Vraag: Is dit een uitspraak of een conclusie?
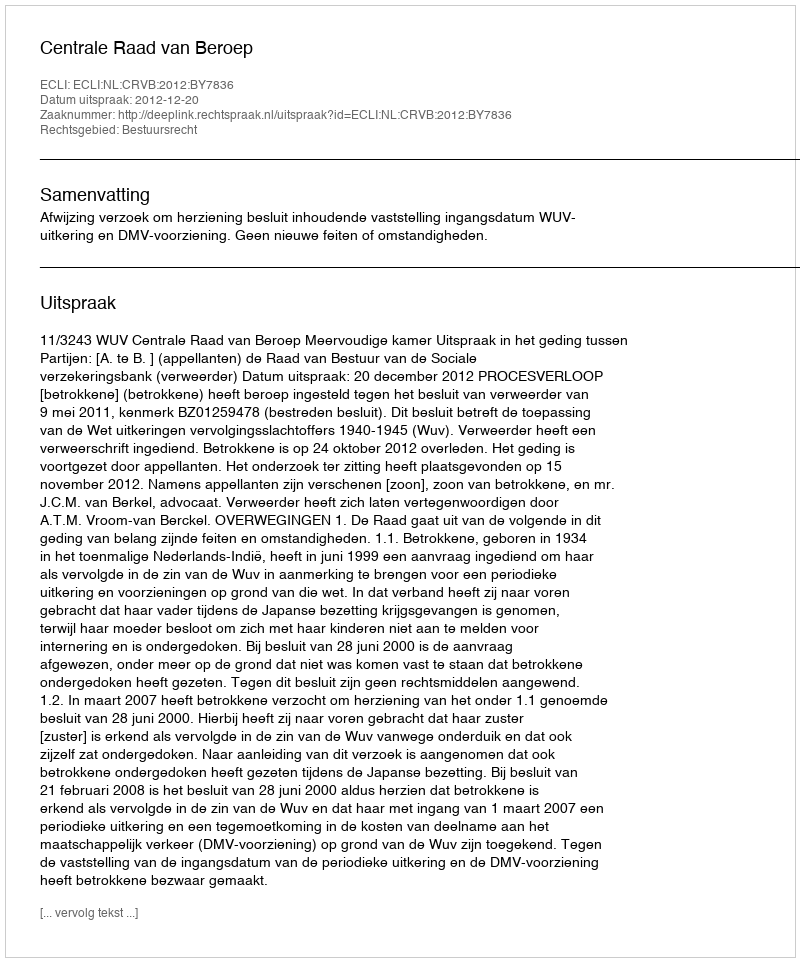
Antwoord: Uitspraak